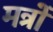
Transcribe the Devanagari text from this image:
मत्रों